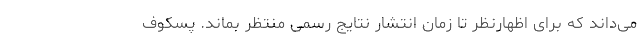
می‌داند که برای اظهارنظر تا زمان انتشار نتایج رسمی منتظر بماند. پسکوف